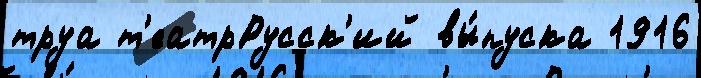
труа т'еатрРусск'ий вы́пуска 1916